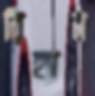
রিহ্যাব